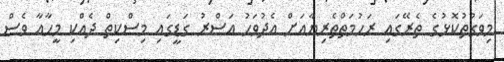
މިވަގުތުކޮޅުގެ ތެރޭގައި ރަހުމަތްތެރިޔާއަށް އެދުވަހު އަސްރު ގަޑީގައި މިސްކިތް ދެއްކި މީހާއާ ވެސް